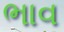
ભાવ